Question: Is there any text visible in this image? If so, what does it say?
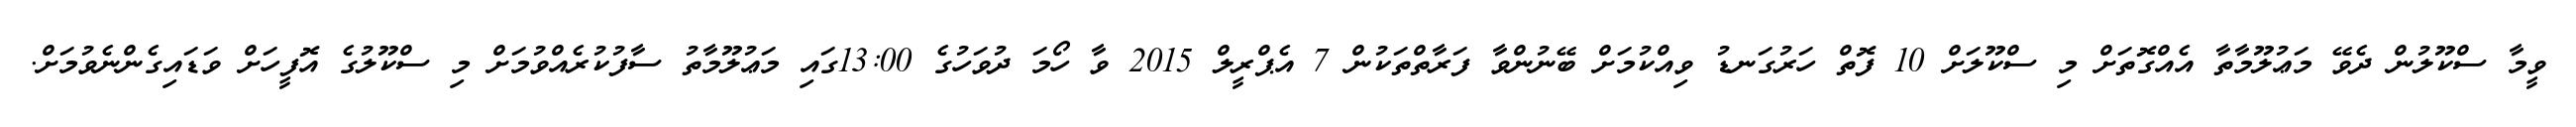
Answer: ވީމާ ސްކޫލުން ދެވޭ މަޢުލޫމާތާ އެއްގޮތަށް މި ސްކޫލަށް 10 ފޮތް ހަރުގަނޑު ވިއްކުމަށް ބޭނުންވާ ފަރާތްތަކުން 7 އެޕްރީލް 2015 ވާ ހޯމަ ދުވަހުގެ 13:00ގައި މަޢުލޫމާތު ސާފުކުރެއްވުމަށް މި ސްކޫލުގެ އޮފީހަށް ވަޑައިގެންނެވުމަށް.